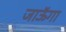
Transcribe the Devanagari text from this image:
जाऊॅगा